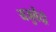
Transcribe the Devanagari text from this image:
यजुर्वेदो